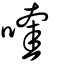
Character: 喹